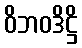
ဝိဘဝဒိဋ္ဌိ